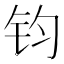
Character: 钧